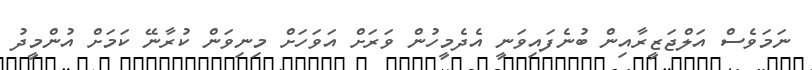
ނަމަވެސް އަލްޖަޒީރާއިން ބުނެފައިވަނީ އެދެމީހުން ވަރަށް އަވަހަށް މިނިވަން ކުރާނޭ ކަމަށް އުންމީދު